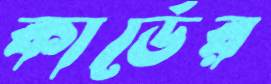
কার্ডের